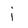
Character: i